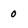
Character: 0